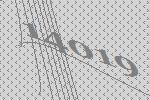
14019